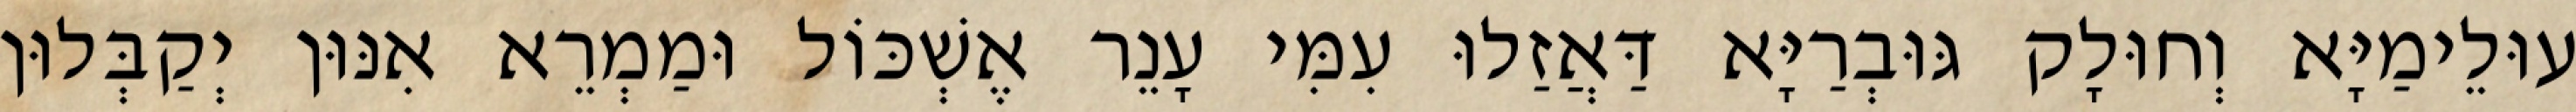
עוּלֵימַיָּא וְחוּלָק גּוּבְרַיָּא דַּאֲזַלוּ עִמִּי עָנֵר אֶשְׁכּוֹל וּמַמְרֵא אִנּוּן יְקַבְּלוּן